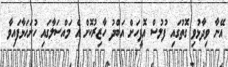
އޭނާ ވިދާޅުވި ގޮތުގައި ފުލުސް އޮފީހަށް އަބްދު ހާޒިރުކޮށް އެ މައްސަލާގައި ހުށަހަޅާފައިވާ